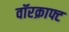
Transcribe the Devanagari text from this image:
वॉरक्राफ्ट